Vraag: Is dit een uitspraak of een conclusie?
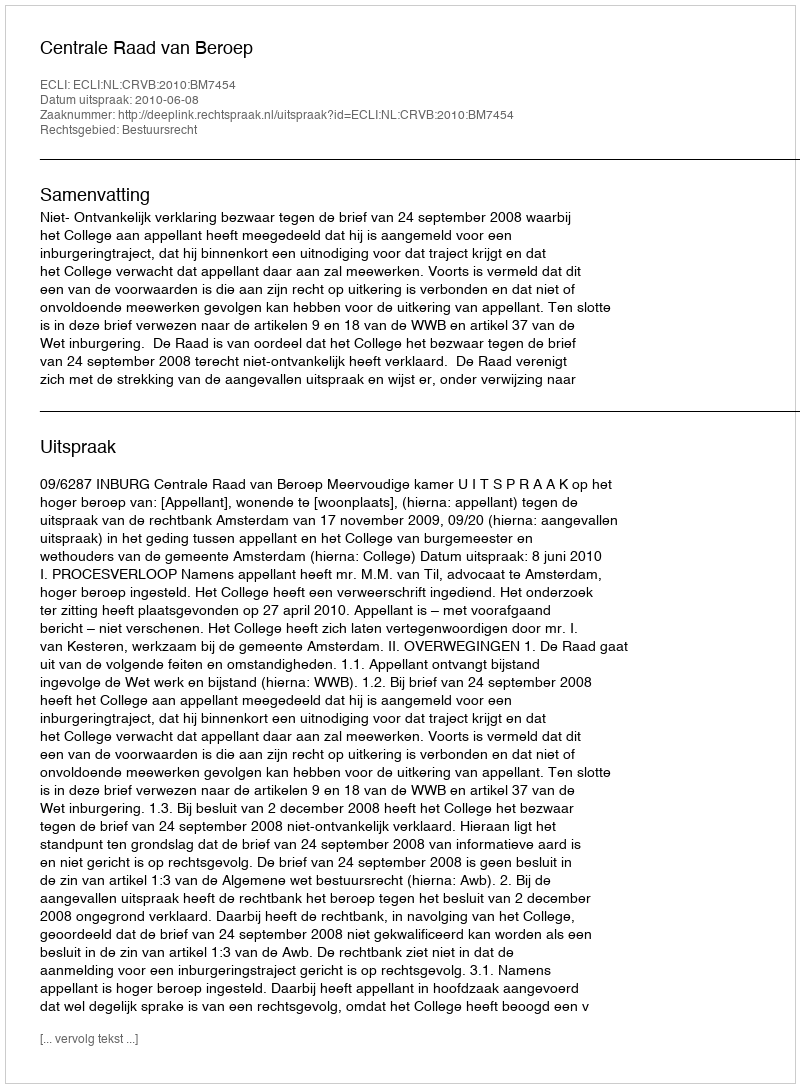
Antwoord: Uitspraak